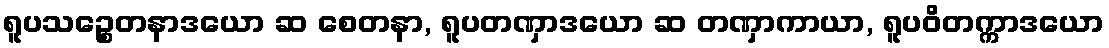
ရူပသဉ္စေတနာဒယော ဆ စေတနာ, ရူပတဏှာဒယော ဆ တဏှာကာယာ, ရူပဝိတက္ကာဒယော